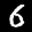
Label: 6